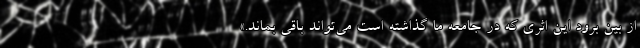
از بین برود این اثری که در جامعه ما گذاشته است می‌تواند باقی بماند.»